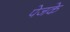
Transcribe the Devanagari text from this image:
पेजके